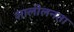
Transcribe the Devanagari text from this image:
शालीलनता